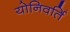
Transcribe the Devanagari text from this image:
योनिवर्ति